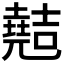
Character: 𫤣